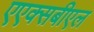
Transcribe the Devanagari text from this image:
एएक्सबीएल